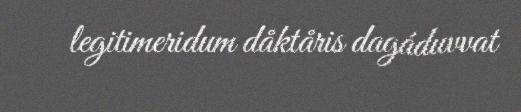
legitimeridum dåktåris dagáduvvat